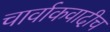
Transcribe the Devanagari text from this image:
चार्वाकवादीच